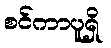
စင်ကာပူရှိ